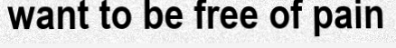
want to be free of pain